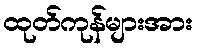
ထုတ်ကုန်များအား